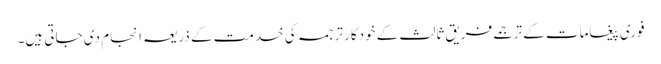
فوری پیغامات کے ترجمے فریق ثالث کے خودکار ترجمہ کی خدمت کے ذریعہ انجام دی جاتی ہیں۔